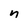
Character: n